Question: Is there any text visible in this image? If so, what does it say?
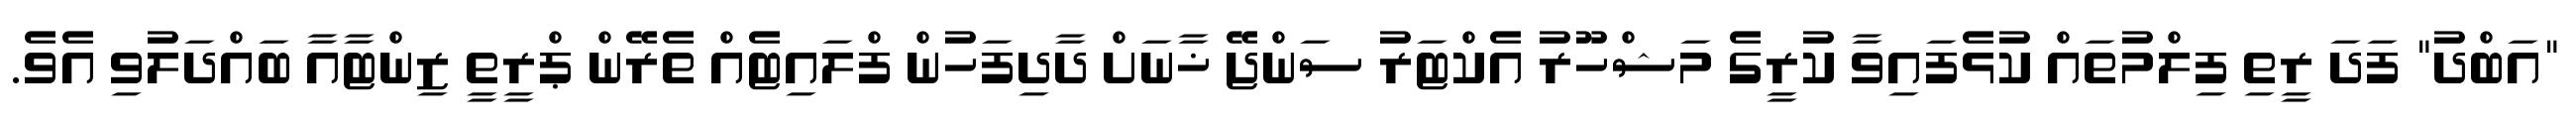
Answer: "އަބްދު" ފަދަ ރީތި ފިލްމުތައް ކުޅެފައިވާ ކުރީގެ މަޝްހޫރު އެކްޓަރު ސަންޖޭ ޚާނަށް ދާދިފަހުން ފްލައިޓެއް ތެރޭން ޕްރީތީ ޒިންޓާއާ ބައްދަލުވި އެވެ.